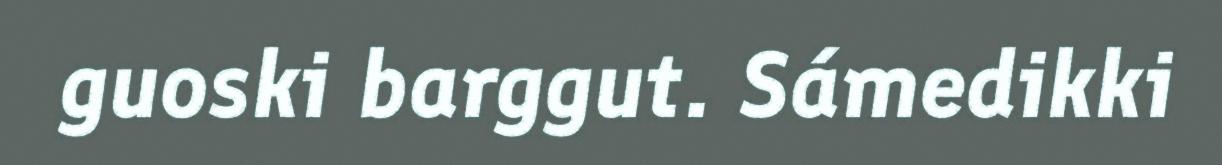
guoski barggut. Sámedikki